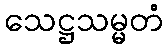
သေဋ္ဌသမ္မတံ